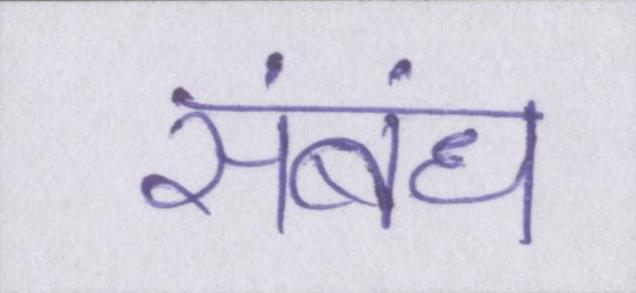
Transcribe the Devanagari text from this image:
संबंध